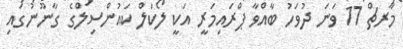
މާރޗް 17 ވަނަ ދުވަހު ބާއްވާ ޕްރައިމަރީ އަކީ ލޯކަލް ކައުންސިލްގެ ގާނޫނުގައި